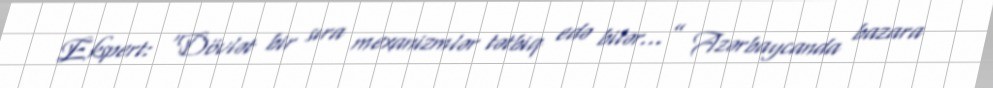
Ekspert: “Dövlət bir sıra mexanizmlər tətbiq edə bilər...” Azərbaycanda bazara